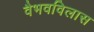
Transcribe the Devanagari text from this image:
वैभवविलास